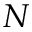
N